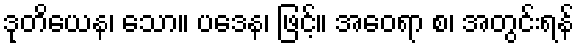
ဒုတိယေန၊ သော။ ပဒေန၊ ဖြင့်။ အဝေရာ စ၊ အတွင်းရန်